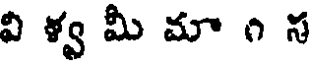
వి ళ్వ మీ మా ౧ స